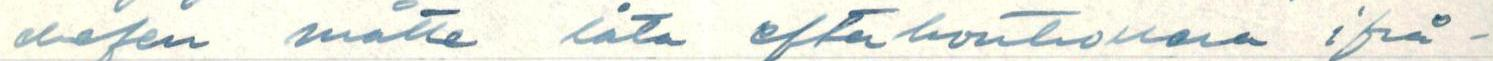
chefen måste låta efterkontrollera ifrå-